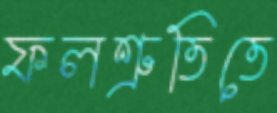
ফলশ্রুতিতে